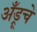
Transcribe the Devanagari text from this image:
अँड्रूचे